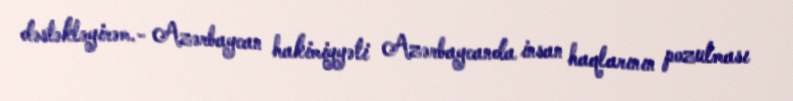
dəstəkləyirəm.- Azərbaycan hakimiyyəti Azərbaycanda insan haqlarının pozulması